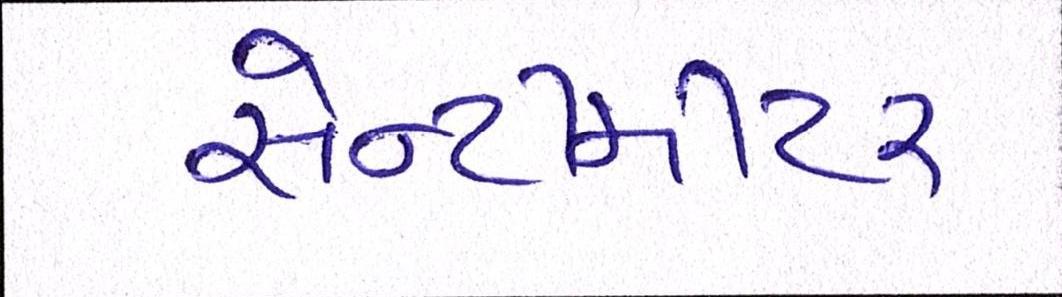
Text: સેન્ટીમીટર